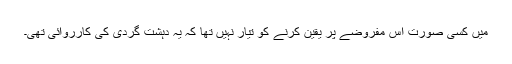
میں کسی صورت اس مفروضے پر یقین کرنے کو تیار نہیں تھا کہ یہ دہشت گردی کی کارروائی تھی۔